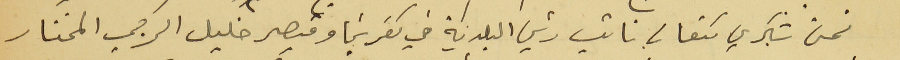
نحن شكري كنعان نائب رئيس البلدية في كفرشيما وقيصر خليل الرجي المختار